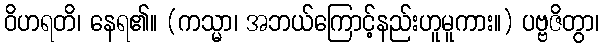
ဝိဟရတိ၊ နေရ၏။ (ကသ္မာ၊ အဘယ်ကြောင့်နည်းဟူမူကား။) ပဗ္ဗဇိတွာ၊